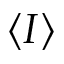
\langle I \rangle